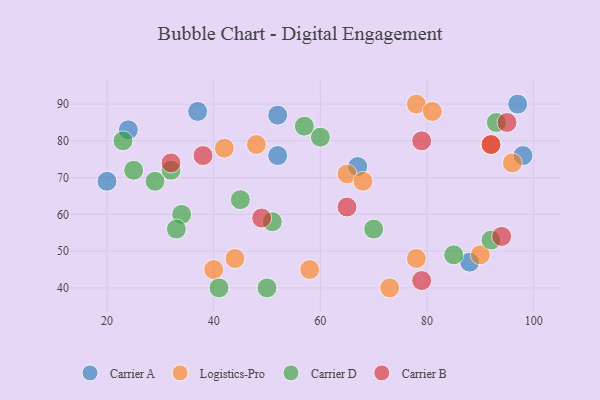
{"axis": {"x": "GDP", "y": "Life Expectancy"}, "legend": ["Carrier A", "Carrier B", "Carrier D", "Logistics-Pro"], "data": [{"x": "97", "y": 90, "type": "Carrier A"}, {"x": "24", "y": 83, "type": "Carrier A"}, {"x": "88", "y": 47, "type": "Carrier A"}, {"x": "98", "y": 76, "type": "Carrier A"}, {"x": "37", "y": 88, "type": "Carrier A"}, {"x": "20", "y": 69, "type": "Carrier A"}, {"x": "52", "y": 76, "type": "Carrier A"}, {"x": "52", "y": 87, "type": "Carrier A"}, {"x": "67", "y": 73, "type": "Carrier A"}, {"x": "78", "y": 90, "type": "Logistics-Pro"}, {"x": "44", "y": 48, "type": "Logistics-Pro"}, {"x": "48", "y": 79, "type": "Logistics-Pro"}, {"x": "65", "y": 71, "type": "Logistics-Pro"}, {"x": "42", "y": 78, "type": "Logistics-Pro"}, {"x": "40", "y": 45, "type": "Logistics-Pro"}, {"x": "73", "y": 40, "type": "Logistics-Pro"}, {"x": "96", "y": 74, "type": "Logistics-Pro"}, {"x": "90", "y": 49, "type": "Logistics-Pro"}, {"x": "68", "y": 69, "type": "Logistics-Pro"}, {"x": "92", "y": 79, "type": "Logistics-Pro"}, {"x": "58", "y": 45, "type": "Logistics-Pro"}, {"x": "78", "y": 48, "type": "Logistics-Pro"}, {"x": "81", "y": 88, "type": "Logistics-Pro"}, {"x": "60", "y": 81, "type": "Carrier D"}, {"x": "85", "y": 49, "type": "Carrier D"}, {"x": "57", "y": 84, "type": "Carrier D"}, {"x": "34", "y": 60, "type": "Carrier D"}, {"x": "23", "y": 80, "type": "Carrier D"}, {"x": "32", "y": 72, "type": "Carrier D"}, {"x": "92", "y": 53, "type": "Carrier D"}, {"x": "50", "y": 40, "type": "Carrier D"}, {"x": "33", "y": 56, "type": "Carrier D"}, {"x": "51", "y": 58, "type": "Carrier D"}, {"x": "70", "y": 56, "type": "Carrier D"}, {"x": "29", "y": 69, "type": "Carrier D"}, {"x": "25", "y": 72, "type": "Carrier D"}, {"x": "45", "y": 64, "type": "Carrier D"}, {"x": "41", "y": 40, "type": "Carrier D"}, {"x": "93", "y": 85, "type": "Carrier D"}, {"x": "95", "y": 85, "type": "Carrier B"}, {"x": "49", "y": 59, "type": "Carrier B"}, {"x": "32", "y": 74, "type": "Carrier B"}, {"x": "79", "y": 42, "type": "Carrier B"}, {"x": "38", "y": 76, "type": "Carrier B"}, {"x": "65", "y": 62, "type": "Carrier B"}, {"x": "92", "y": 79, "type": "Carrier B"}, {"x": "79", "y": 80, "type": "Carrier B"}, {"x": "94", "y": 54, "type": "Carrier B"}]}